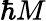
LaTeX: \hbar M